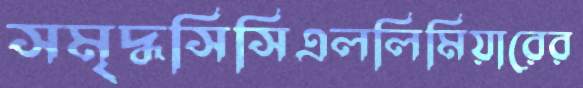
সমৃদ্ধসিসিএললিমিয়ারের